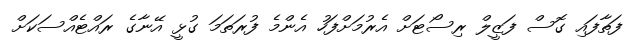
ފަތާފައި ގޮސް ފަޒީލް ރިސޯޓަށް އެރުމަށްފަހު އެންމެ ފުރަތަމަ ގުޅީ އޭނާގެ ރައްޓެއްސަކަށް